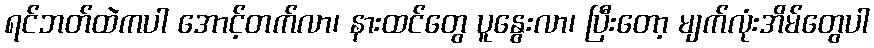
ရင်ဘတ်ထဲကပါ အောင့်တက်လာ၊ နားထင်တွေ ပူနွေးလာ၊ ပြီးတော့ မျက်လုံးအိမ်တွေပါ